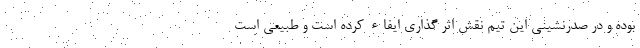
بوده و در صدرنشینی این تیم نقش اثر گذاری ایفاء کرده است و طبیعی است